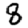
Digit: 8